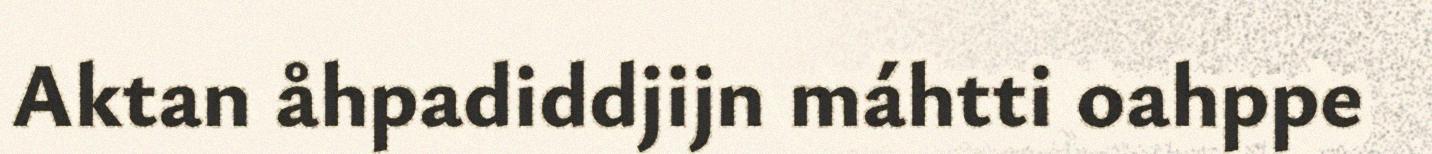
Aktan åhpadiddjijn máhtti oahppe